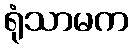
ရုံသာမက